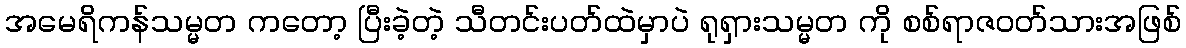
အမေရိကန်သမ္မတ ကတော့ ပြီးခဲ့တဲ့ သီတင်းပတ်ထဲမှာပဲ ရုရှားသမ္မတ ကို စစ်ရာဇဝတ်သားအဖြစ်